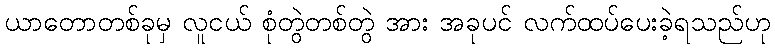
ယာတောတစ်ခုမှ လူငယ် စုံတွဲတစ်တွဲ အား အခုပင် လက်ထပ်ပေးခဲ့ရသည်ဟု